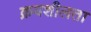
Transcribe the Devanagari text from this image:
क्रयशीलता